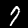
Digit: 7